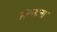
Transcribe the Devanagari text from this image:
संकटना